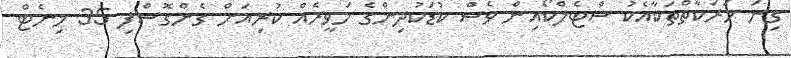
ގިނަ ހަރަކާތްތަކާއެކު ސްޓެލްކޯއިން ވެސް ކުޑަކުދިންގެ ހަވީރެއް ކުރިއަށް ގެންގޮސްފި 35 މިނެޓް